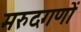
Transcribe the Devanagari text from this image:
मरुदगणों